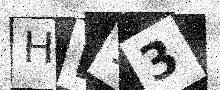
Text: HF13